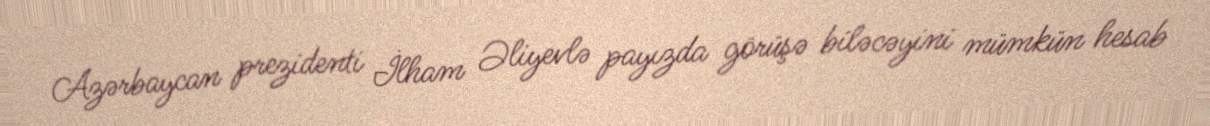
Azərbaycan prezidenti İlham Əliyevlə payızda görüşə biləcəyini mümkün hesab